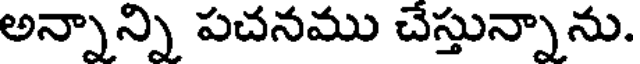
అన్నాన్ని పచనము చేస్తున్నాను.